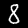
Digit: 8